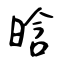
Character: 晗